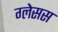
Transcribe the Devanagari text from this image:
ग्लेसस